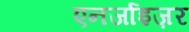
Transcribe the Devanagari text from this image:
एनर्जाइज़र